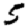
Digit: 5